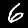
Label: 6